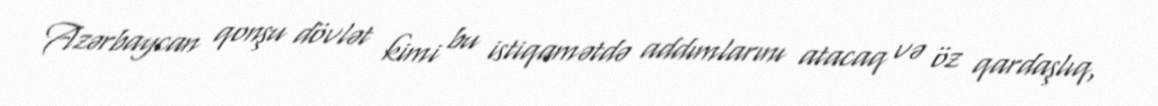
Azərbaycan qonşu dövlət kimi bu istiqamətdə addımlarını atacaq və öz qardaşlıq,